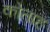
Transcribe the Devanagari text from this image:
कोताह